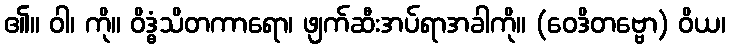
၏။ ဝါ၊ ကို။ ဝိဒ္ဓံသိတကာရော၊ ဖျက်ဆီးအပ်ရာအခါကို။ (ဝေဒိတဗ္ဗော) ဝိယ၊